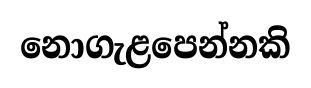
නොගැළපෙන්නකි